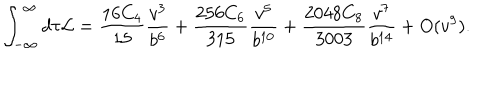
LaTeX: \int _ { - \infty } ^ { \infty } d \tau { \cal L } = \frac { 1 6 C _ { 4 } } { 1 5 } \frac { v ^ { 3 } } { b ^ { 6 } } + \frac { 2 5 6 C _ { 6 } } { 3 1 5 } \frac { v ^ { 5 } } { b ^ { 1 0 } } + \frac { 2 0 4 8 C _ { 8 } } { 3 0 0 3 } \frac { v ^ { 7 } } { b ^ { 1 4 } } + O ( v ^ { 9 } ) .